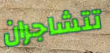
تتشاجران